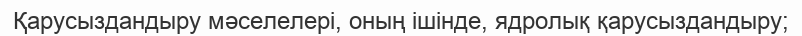
Қарусыздандыру мәселелері, оның ішінде, ядролық қарусыздандыру;